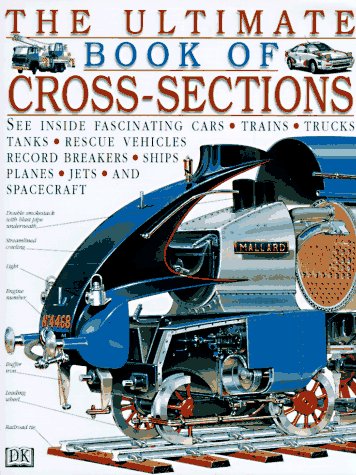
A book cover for Ultimate Book of Cross-sections; DK Publishing; Children's Books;